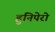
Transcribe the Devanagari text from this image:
हुनिपेरो